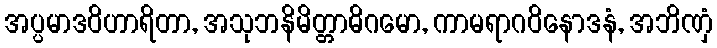
အပ္ပမာဒဝိဟာရိတာ, အသုဘနိမိတ္တာဓိဂမော, ကာမရာဂဝိနောဒနံ, အဘိဏှံ